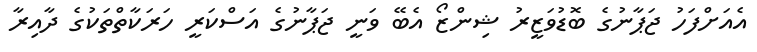
އެއަށްފަހު ޖަޕާނުގެ ބޮޑުވަޒީރު ޝިންޒޯ އެބޭ ވަނީ ޖަޕާނުގެ އަސްކަރީ ހަރަކާތްތަކުގެ ދާއިރާ